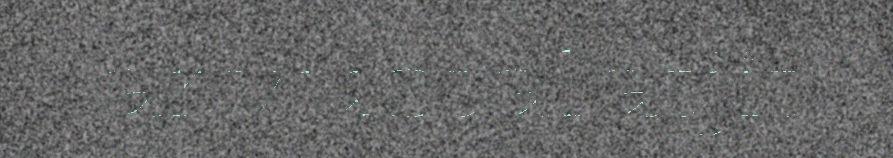
árvustalátjit